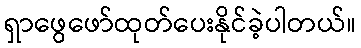
ရှာဖွေဖော်ထုတ်ပေးနိုင်ခဲ့ပါတယ်။